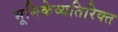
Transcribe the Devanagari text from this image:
भूमिकेव्यतिरिक्त